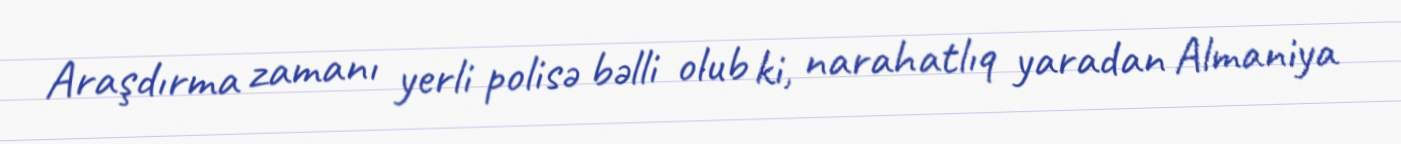
Araşdırma zamanı yerli polisə bəlli olub ki, narahatlıq yaradan Almaniya